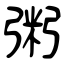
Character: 粥